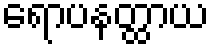
ရောပနတ္ထာယ